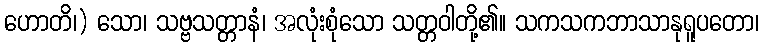
ဟောတိ၊) သော၊ သဗ္ဗသတ္တာနံ၊ အလုံးစုံသော သတ္တဝါတို့၏။ သကသကဘာသာနုရူပတော၊